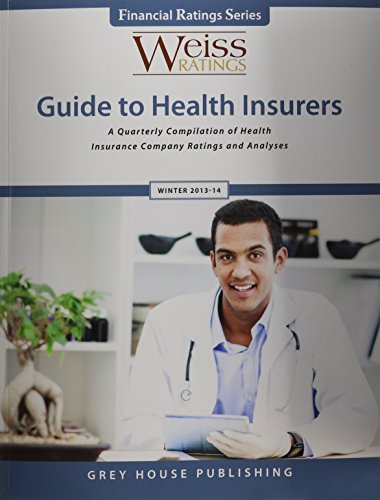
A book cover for Weiss Ratings Guide to Health Insurers; Business & Money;